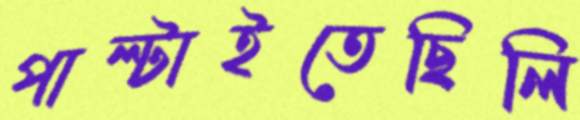
পাল্‌টাইতেছিলি